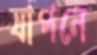
যাপনে